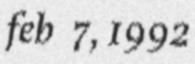
feb 7, 1992